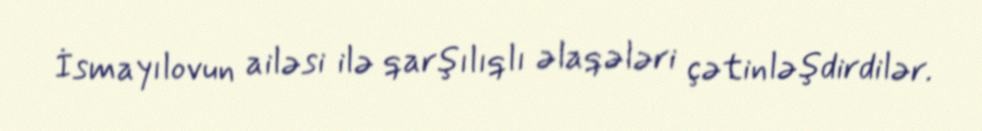
İsmayılovun ailəsi ilə qarşılıqlı əlaqələri çətinləşdirdilər.